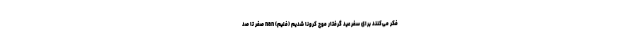
فکر می‌کنند برای سفر عید گرفتار موج کرونا شدیم (فلیم) nan صفر تا صد